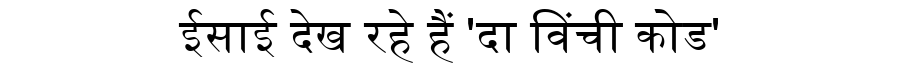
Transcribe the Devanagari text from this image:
ईसाई देख रहे हैं 'दा विंची कोड'